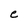
Character: e